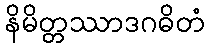
နိမိတ္တဿာဒဂဓိတံ